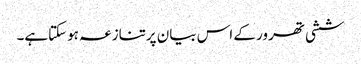
ششی تھرور کے اس بیان پرتنازعہ ہوسکتاہے۔